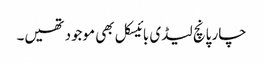
چار پانچ لیڈی بائیسکل بھی موجود تھیں۔